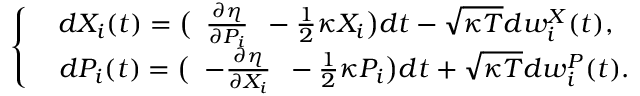
\begin{array} { r } { \left\{ \begin{array} { c } { d X _ { i } ( t ) = \big ( \begin{array} { c } { \frac { \partial \eta } { \partial P _ { i } } } \end{array} - \frac { 1 } { 2 } \kappa X _ { i } \big ) d t - \sqrt { \kappa T } d w _ { i } ^ { X } ( t ) , } \\ { \ \ d P _ { i } ( t ) = \big ( \begin{array} { c } { - \frac { \partial \eta } { \partial X _ { i } } } \end{array} - \frac { 1 } { 2 } \kappa P _ { i } \big ) d t + \sqrt { \kappa T } d w _ { i } ^ { P } ( t ) . } \end{array} \right. } \end{array}